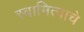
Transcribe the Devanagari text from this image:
स्वामित्वाचे